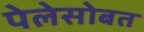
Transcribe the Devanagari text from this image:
पेलेसोबत